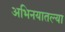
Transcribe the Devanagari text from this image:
अभिनयातल्या